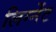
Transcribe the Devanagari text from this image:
लिग्नेंट